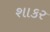
શાકર